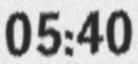
05:40